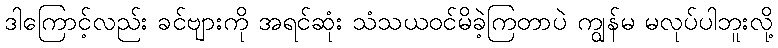
ဒါကြောင့်လည်း ခင်ဗျားကို အရင်ဆုံး သံသယဝင်မိခဲ့ကြတာပဲ ကျွန်မ မလုပ်ပါဘူးလို့